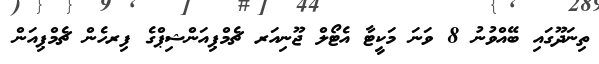
ތިނަދޫގައި ބޭއްވުނު 8 ވަނަ މަކީޓާ އެޓޯލް ޖޫނިއަރ ޗެމްޕިއަންޝިޕްގެ ފިރހެން ޗެމްޕިއަން